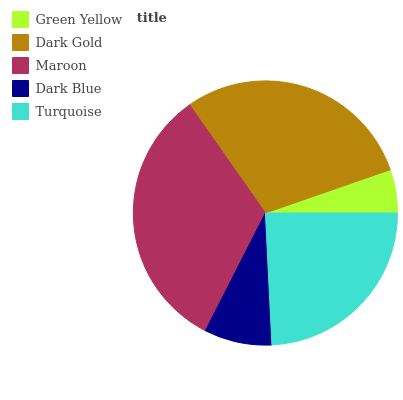
| Green Yellow | Dark Gold | Maroon | Dark Blue | Turquoise |
 | --- | --- | --- | --- | --- |
 | 5.3% | 29.4% | 32.8% | 8.28% | 24.2% |